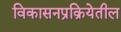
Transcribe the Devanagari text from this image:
विकासनप्रक्रियेतील